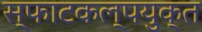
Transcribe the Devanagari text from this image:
स्फाटकल्पयुक्त